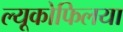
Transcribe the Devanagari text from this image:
ल्यूकोफिलया